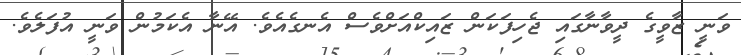
ވަނީ ޒާވީގެ ދީވާނާގައި ޖެހިފަކަން ޒައިކްއަށްވެސް އެނގެއެވެ. އޭނާ އެކަމުން ވަނީ އުފަލެވެ.